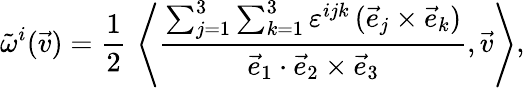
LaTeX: {\tilde{\omega}}^{i}({\vec{v}})={\frac{1}{2}}\, \left\langle{\frac{\sum_{j=1}^{3}\sum_{k=1}^{3}\varepsilon^{ijk}\, ({\vec{e}}_{j}\times{\vec{e}}_{k})}{{\vec{e}}_{1}\cdot{\vec{e}}_{2}\times{\vec{e}}_{3}}},{\vec{v}}\right\rangle,